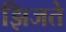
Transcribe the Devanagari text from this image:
झिजते